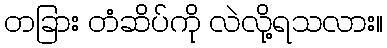
တခြား တံဆိပ်ကို လဲလို့ရသလား။